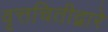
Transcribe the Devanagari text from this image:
वृत्तचितीद्वारे